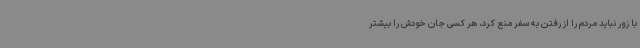
با زور نباید مردم را از رفتن به سفر منع کرد، هر کسی جان خودش را بیشتر